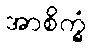
အာစိက္ခံ